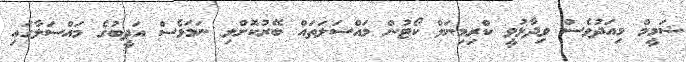
ޝަމީމް މިއަދުވެސް ވިދާޅުވީ ކްރިމިނަލް ކޯޓުން މައްސަލަތައް ބޭރުކޮށްލި ނަމަވެސް އަދީބުގެ މައްސަލާގައި